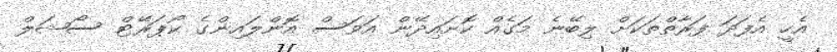
އެހީ އެފަދަ ފަރާތްތަކަށް ލިބޭނެ މަގެއް ކޮށައިދޭން އަވަސް އޮންލައިންގެ ކޯޕަރޭޓް ސޯޝަލް